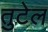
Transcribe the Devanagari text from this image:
तुटेल